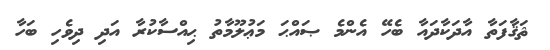
ޘަޤާފަތާ އާދަކާދައާ ބެހޭ އެންމެ ޞައްޙަ މަޢުލޫމާތު ޙިއްސާކުރާ އަދި ދިވެހި ބަހާ